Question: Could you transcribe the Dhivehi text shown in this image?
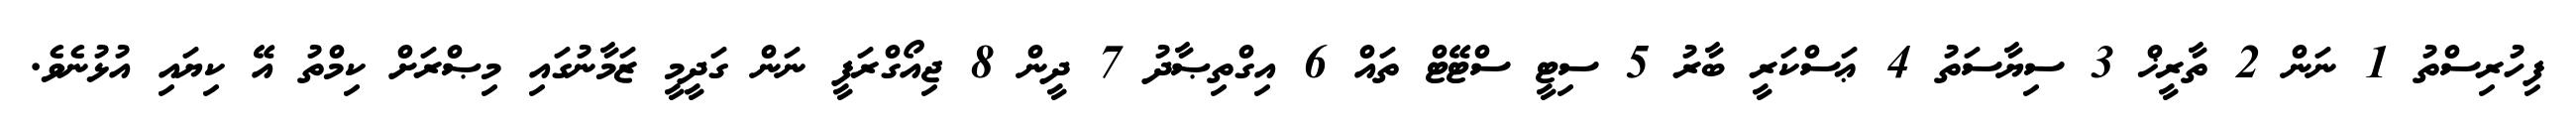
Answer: ފިހުރިސްތު 1 ނަން 2 ތާރީޚް 3 ސިޔާސަތު 4 ޢަސްކަރީ ބާރު 5 ސިޓީ ސްޓޭޓް ތައް 6 އިގްތިޞާދު 7 ދީން 8 ޖިއޯގްރަފީ ނަން ގަދީމީ ޒަމާނުގައި މިޞްރަށް ކިމްތު އޭ ކިޔައި އުޅުނެވެ.